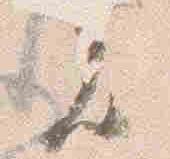
者